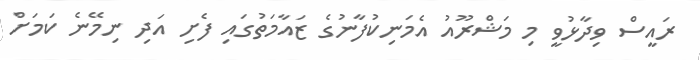
ރައީސް ވިދާޅުވީ މި މަޝްރޫއު އެމަނިކުފާނުގެ ޒައާމަތުގައި ފެށި އަދި ނިމޭނެ ކަމަށް